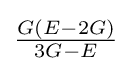
{\tfrac {G(E-2G)}{3G-E}}